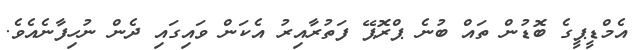
އެމްޑީޕީގެ ބޮޑުން ތައް ބުނެ ޕްރޮޕޭ ފަތުރާއިރު އެކަން ވައިގައި ދެން ނުހިފާނެއެވެ.